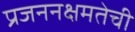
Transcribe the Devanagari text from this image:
प्रजननक्षमतेची